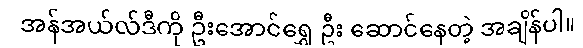
အန်အယ်လ်ဒီကို ဦးအောင်ရွှေ ဦး ဆောင်နေတဲ့ အချိန်ပါ။